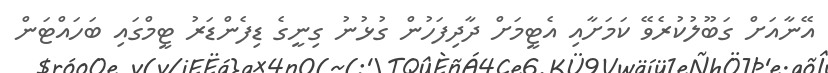
އޭނާއަށް ގަބޫލުކުރެވޭ ކަމަށާއި އެޓީމަށް ދާދިފަހުން ގުޅުނު ގިނީގެ ޑިފެންޑަރު ޓީމްގައި ބަހައްޓަން